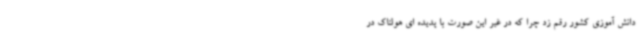
دانش آموزی کشور رقم زد چرا که در غیر این صورت با پدیده ای هولناک در